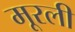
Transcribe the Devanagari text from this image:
मूरली